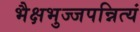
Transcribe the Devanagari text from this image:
भैक्षभुज्जपन्नित्यं